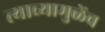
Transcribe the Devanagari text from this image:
त्याच्यामुळेंच